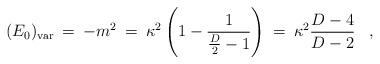
LaTeX: \begin{align*}(E_0)_{\rm var}\>=\>-m^2\>=\>\kappa^2 \left( 1 - {1 \over {D \over 2} - 1} \right) \> = \> \kappa^2 {D-4 \over D-2}\;\;\;,\end{align*}